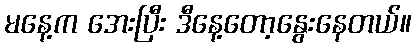
မနေ့က အေးပြီး ဒီနေ့တော့နွေးနေတယ်။